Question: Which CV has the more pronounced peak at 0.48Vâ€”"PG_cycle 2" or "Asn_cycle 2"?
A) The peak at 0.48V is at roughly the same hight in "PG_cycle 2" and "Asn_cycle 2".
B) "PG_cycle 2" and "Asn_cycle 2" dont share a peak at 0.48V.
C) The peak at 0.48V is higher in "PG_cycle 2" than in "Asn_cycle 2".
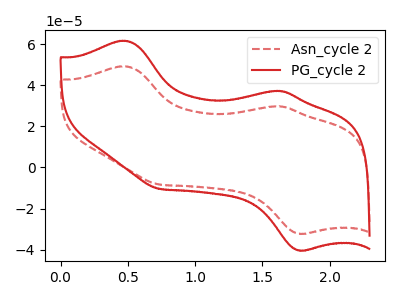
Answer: <think>The red dashed curve "Asn_cycle 2" has anodic peaks at (0.50V, 49.20uA) (1.65V, 29.70uA) and cathodic peaks at (1.80V, -32.20uA) (0.75V, -8.30uA). The red curve "PG_cycle 2" has anodic peaks at (0.50V, 61.60uA) (1.65V, 37.20uA) and cathodic peaks at (1.80V, -40.35uA) (0.75V, -10.40uA).</think>
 <answer>C) The peak at 0.48V is higher in "PG_cycle 2" than in "Asn_cycle 2".</answer>
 <eval>C</eval>